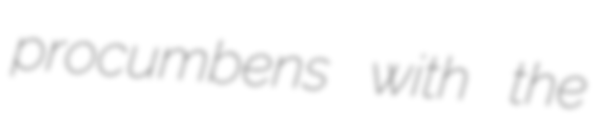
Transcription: procumbens with the